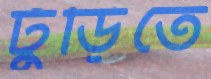
ঢুঁড়িতে